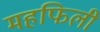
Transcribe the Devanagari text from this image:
महफिली